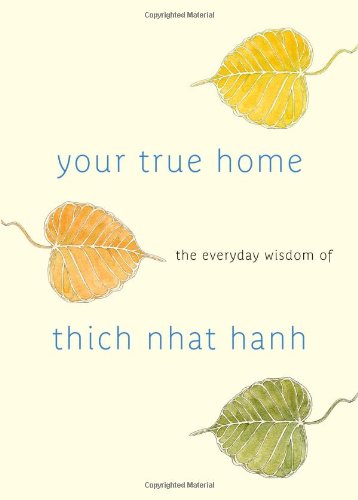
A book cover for Your True Home: The Everyday Wisdom of Thich Nhat Hanh: 365 days of practical, powerful teachings from the beloved Zen teacher; Thich Nhat Hanh; Politics & Social Sciences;